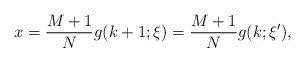
LaTeX: \begin{align*} x = \frac{M + 1}{N} g(k + 1; \xi) = \frac{M + 1}{N} g(k; \xi'), \end{align*}